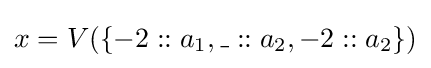
x=V(\{-2::a_{1},\_::a_{2},-2::a_{2}\})